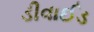
ડીવાઈડ